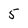
Character: 5